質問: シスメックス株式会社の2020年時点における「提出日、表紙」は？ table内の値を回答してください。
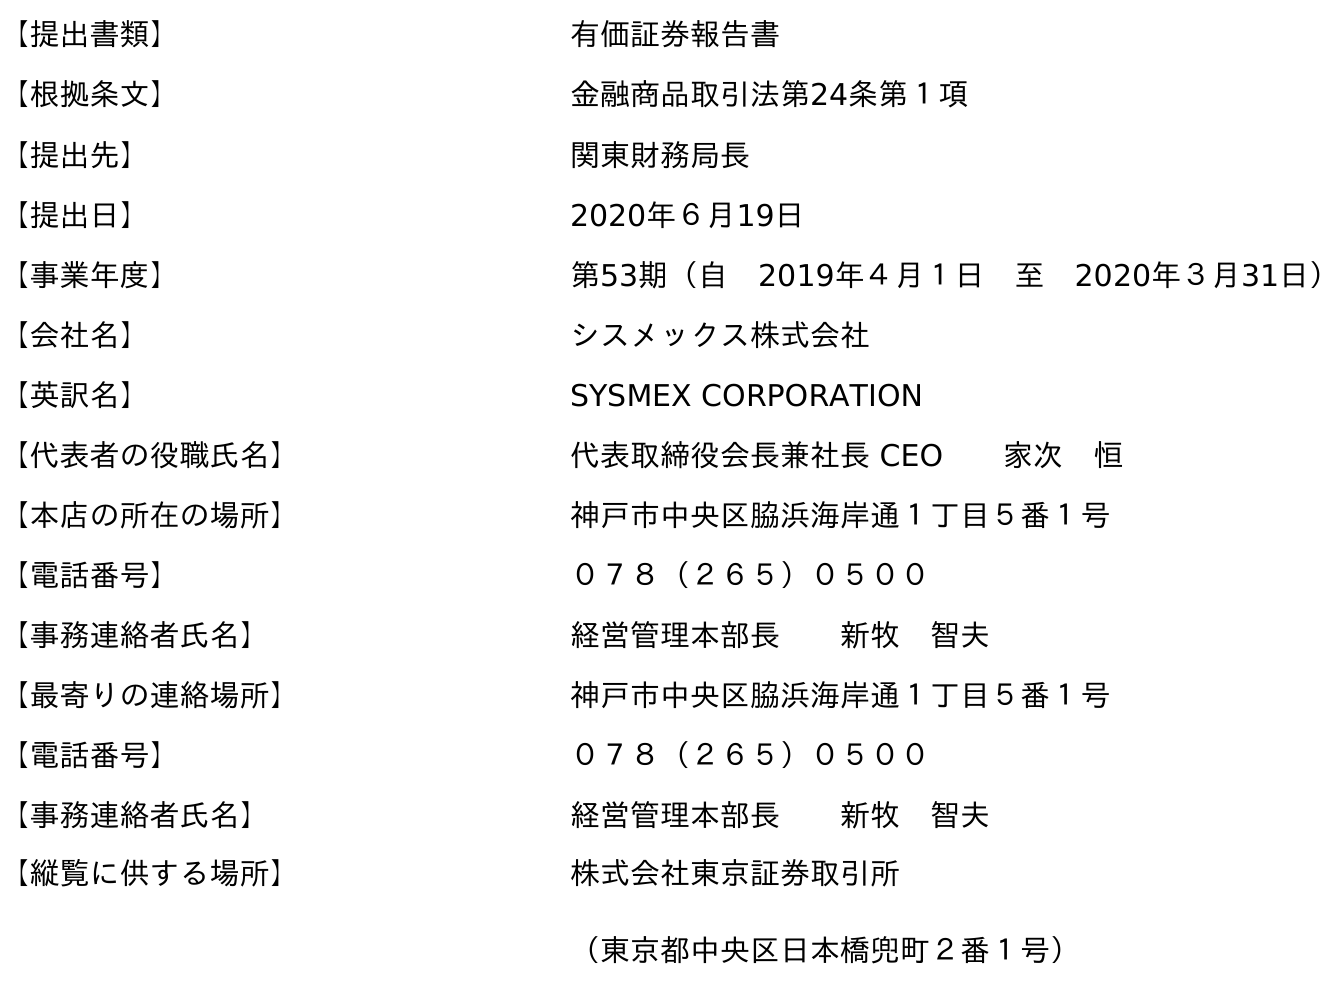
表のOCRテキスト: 【提出書類】 有価証券報告書 【根拠条文】 金融商品取引法第24条第１項 【提出先】 関東財務局長 【提出日】 2020年６月19日 【事業年度】 第53期（自 2019年４月１日 至 2020年３月31日） 【会社名】 シスメックス株式会社 【英訳名】 SYSMEX CORPORATION 【代表者の役職氏名】 代表取締役会長兼社長 CEO  家次 恒 【本店の所在の場所】 神戶市中央区脇浜海岸通１丁目５番１号 【電話番号】 ０７８（２６５）０５００ 【事務連絡者氏名】 経営管理本部長  新牧 智夫 【最寄りの連絡場所】 神戶市中央区脇浜海岸通１丁目５番１号 【電話番号】 ０７８（２６５）０５００ 【事務連絡者氏名】 経営管理本部長  新牧 智夫 【縦覧に供する場所】 株式会社東京証券取引所 （東京都中央区日本橋兜町２番１号）
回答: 2020年６月19日